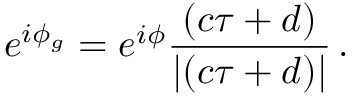
e ^ { i \phi _ { g } } = e ^ { i \phi } \frac { \left( c \tau + d \right) } { \left| \left( c \tau + d \right) \right| } \, .